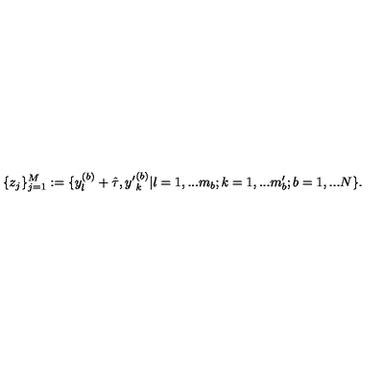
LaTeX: \{ z _ { j } \} _ { j = 1 } ^ { M } : = \{ y _ { l } ^ { ( b ) } + \hat { \tau } , { y ^ { \prime } } _ { k } ^ { ( b ) } | l = 1 , . . . m _ { b } ; k = 1 , . . . m _ { b } ^ { \prime } ; b = 1 , . . . N \} .